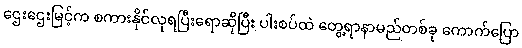
ဌေးဌေးမြင့်က စကားနိုင်လုရပြီးရောဆိုပြီး ပါးစပ်ထဲ တွေ့ရာနာမည်တစ်ခု ကောက်ပြော